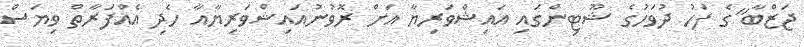
ޖަޒްބާ"ގެ ފަހު ދުވަހުގެ ޝޫޓިންގައި އައިޝްވަރިޔާ އަށް ރޮވުނުއައިޝްވަރިޔާއާ ހެދި އެއްފަރާތް ވިޔަސް